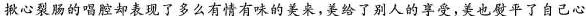
揪心裂肠的唱腔却表现了多么有情有味的美来,美给了别人的享受,美也熨平了自己心